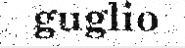
guglio